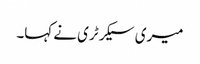
میری سیکرٹری نے کہا۔